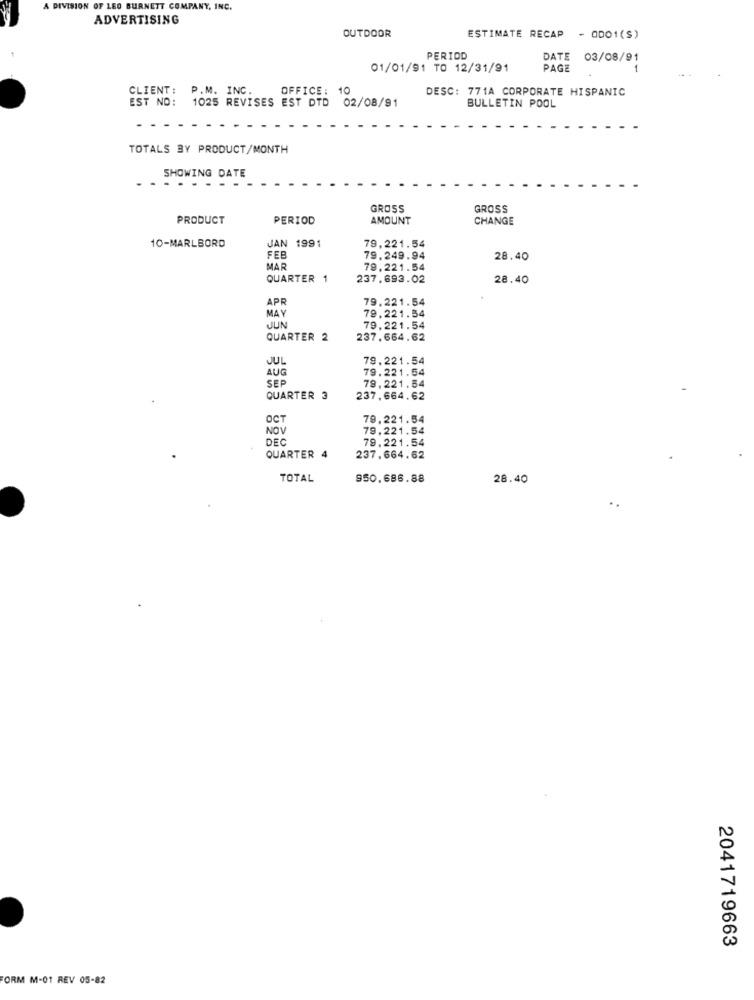
A DIVISION OF LEO BURNETT COMPANY, INC.
ADVERTISING
OUTDOOR
ESTIMATE RECAP - QDO1(S)
PERIOD
DATE 03/08/91
01/01/91 TO 12/31/91
PAGE
CLIENT: P.M. INC.
OFFICE: 10
DESC: 771A CORPORATE HISPANIC
EST NO:
1025 REVISES EST DTD
02/08/91
BULLETIN POOL
TOTALS BY PRODUCT/MONTH
SHOWING DATE
GROSS
GROSS
PRODUCT
PERIOD
AMOUNT
CHANGE
10-MARLBORD
JAN 1991
79,221.54
FEB
79.249.94
28.40
MAR
79,221.54
QUARTER 1
237.693.02
28.40
APR
79.221.54
MAY
79.221.54
JUN
79.221.54
QUARTER 2
237.664.62
JUL
79,221.54
AUG
79.221.54
SEP
79.221.54
QUARTER 3
237.664.62
OCT
79.221.54
NOV
79.221.54
DEC
79.221.54
QUARTER 4
237.664.62
TOTAL
950.686.88
28.40
2041719663
ORM M-01 REV 05-82